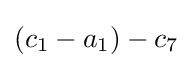
(c_{1}-a_{1})-c_{7}